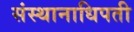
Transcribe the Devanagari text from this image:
संस्थानाधिपती